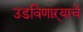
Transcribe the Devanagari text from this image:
उडविणाऱ्याचे